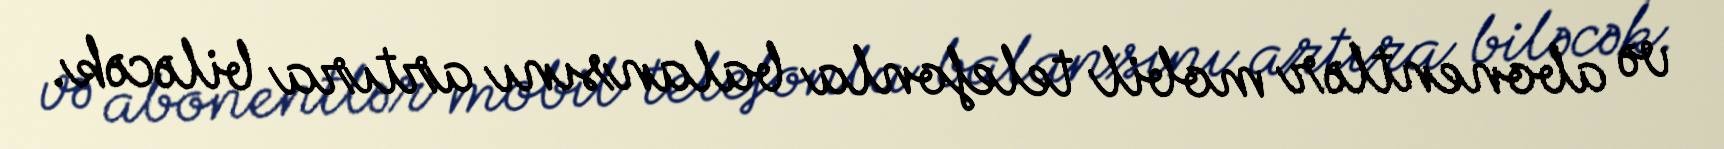
və abonentlər mobil telefonla balansını artıra biləcək.